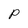
Character: p